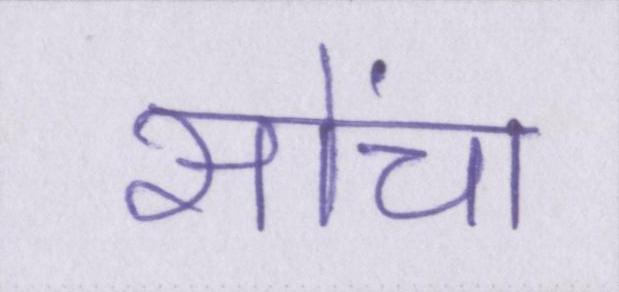
सोंचा